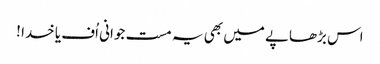
اس بڑھاپے میں بھی یہ مست جوانی اُف یا خدا !